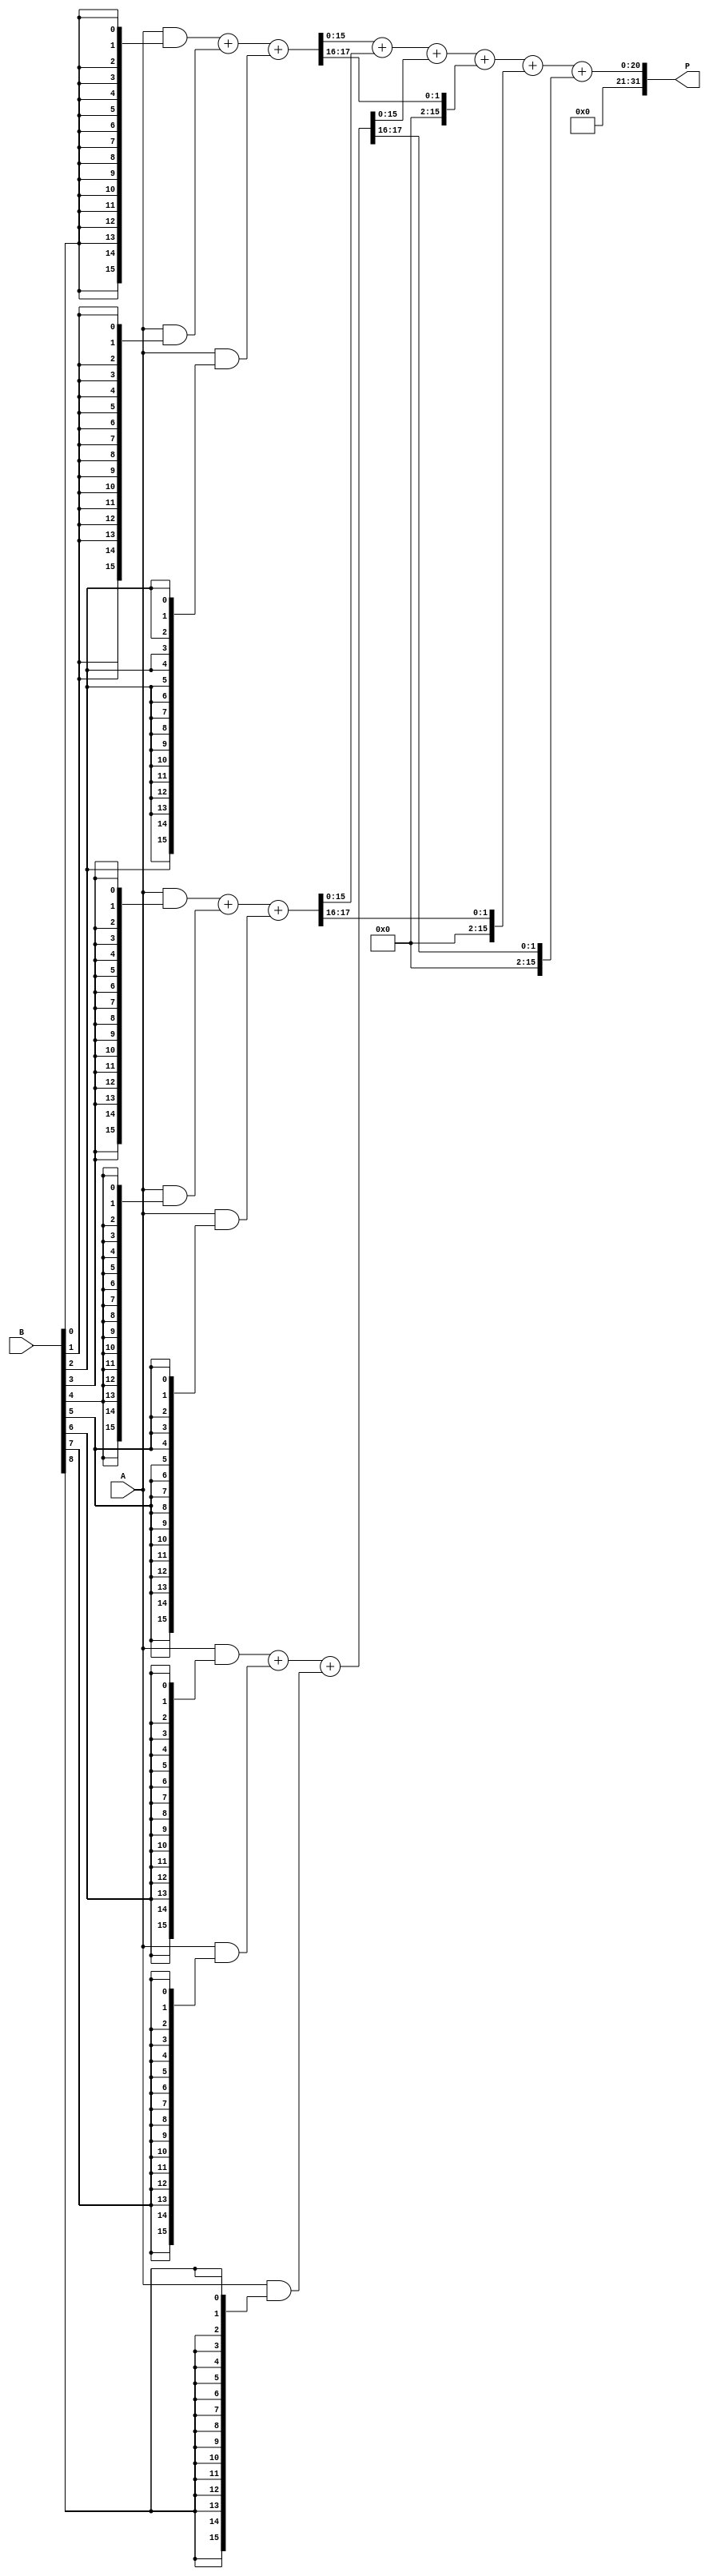
module wallace_tree_multiplier #(parameter WIDTH = 16) (
    input  wire [WIDTH-1:0] A,  // Multiplicand
    input  wire [WIDTH-1:0] B,  // Multiplier
    output wire [2*WIDTH-1:0] P // Product
);

    // Generate partial products
    wire [WIDTH-1:0] pp [0:WIDTH-1]; // Partial products array

    generate
        genvar i;
        for (i = 0; i < WIDTH; i = i + 1) begin : pp_gen
            assign pp[i] = A & {WIDTH{B[i]}};
        end
    endgenerate

    // Wallace tree reduction
    wire [WIDTH-1:0] sum [0:WIDTH*2-1]; // Intermediate sums
    wire [WIDTH-1:0] carry [0:WIDTH*2-1]; // Intermediate carries

    // Initial stage: sum the partial products
    genvar j, k;
    for (j = 0; j < WIDTH; j = j + 1) begin : initial_stage
        if (j < WIDTH) begin
            assign sum[j] = pp[j];
            assign carry[j] = 0;
        end else begin
            assign sum[j] = 0;
            assign carry[j] = 0;
        end
    end

    // Wallace tree reduction stages
    wire [WIDTH-1:0] temp_sum [0:WIDTH-1][0:2]; // Temporary sums for reduction
    wire [WIDTH-1:0] temp_carry [0:WIDTH-1][0:2]; // Temporary carries for reduction

    for (k = 0; k < (WIDTH - 1); k = k + 1) begin : reduction_stage
        if (k < WIDTH) begin
            // Full adders for three inputs
            assign {temp_carry[k][0], temp_sum[k][0]} = sum[k*3] + sum[k*3+1] + sum[k*3+2];
            assign {temp_carry[k][1], temp_sum[k][1]} = carry[k*3] + carry[k*3+1] + carry[k*3+2];
            assign {temp_carry[k][2], temp_sum[k][2]} = sum[k*3] + carry[k*3] + carry[k*3+1];
        end else begin
            assign temp_sum[k][0] = 0;
            assign temp_carry[k][0] = 0;
            assign temp_sum[k][1] = 0;
            assign temp_carry[k][1] = 0;
            assign temp_sum[k][2] = 0;
            assign temp_carry[k][2] = 0;
        end
    end

    // Final stage: sum remaining values
    wire [2*WIDTH-1:0] final_sum;
    
    assign final_sum = temp_sum[0][0] + temp_sum[1][0] + temp_sum[2][0] + 
                       temp_carry[0][0] + temp_carry[1][0] + temp_carry[2][0];

    assign P = final_sum;

endmodule